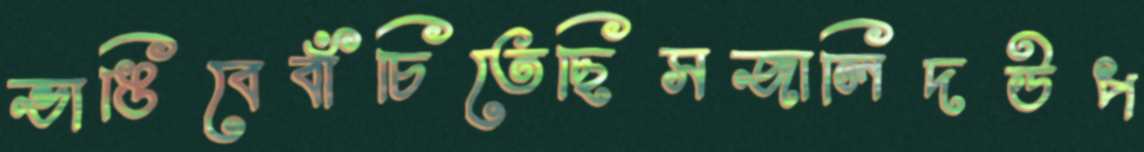
ভাঙিবেবাঁচিতেছিসজালিদউপ